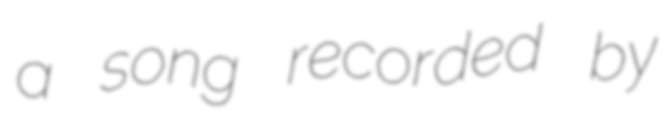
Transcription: a song recorded by